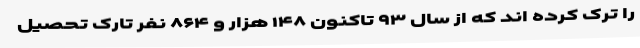
را ترک کرده اند که از سال ۹۳ تاکنون ۱۴۸ هزار و ۸۶۴ نفر تارک تحصیل